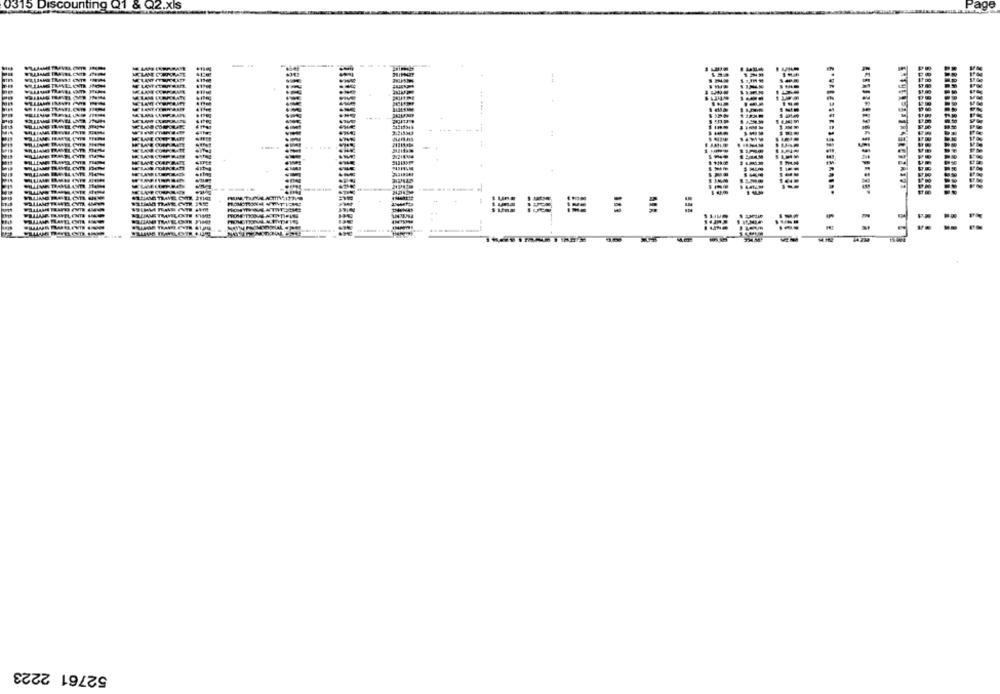
$15 L
unting
1 &
22.xls
52761 2223